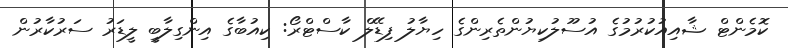
ކޮމެންޓް ޝާއިއުކުރުމުގެ އުސޫލުކިޔުންތެރިންގެ ހިޔާލު ފިޑޭލް ކާސްޓްރޯ: ކިއުބާގެ އިންގިލާބީ ލީޑަރު ސަރުކާރުން